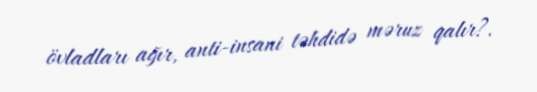
övladları ağır, anti-insani təhdidə məruz qalır?.